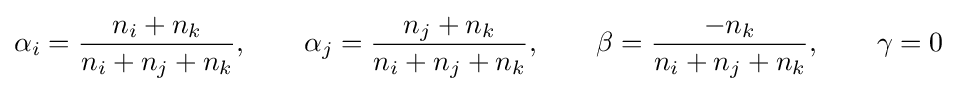
\alpha _{i}={\frac {n_{i}+n_{k}}{n_{i}+n_{j}+n_{k}}},\qquad \alpha _{j}={\frac {n_{j}+n_{k}}{n_{i}+n_{j}+n_{k}}},\qquad \beta ={\frac {-n_{k}}{n_{i}+n_{j}+n_{k}}},\qquad \gamma =0